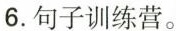
6.句子训练营。